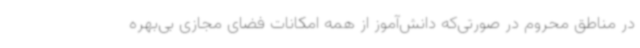
در مناطق محروم در صورتی‌که دانش‌آموز از همه امکانات فضای مجازی بی‌بهره